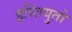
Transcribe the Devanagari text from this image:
इस्तियुतो